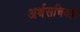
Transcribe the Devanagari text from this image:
अर्थसचिवही